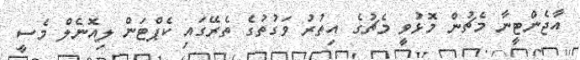
އާޖެންޓީނާ މެޗުން މޮޅުވީ މެޗުގެ އިތުރު ވަގުތުގެ ތެރޭގައި ކެޕްޓަން ލިއޮނެލް މެސީ